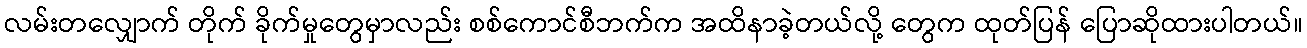
လမ်းတလျှောက် တိုက် ခိုက်မှုတွေမှာလည်း စစ်ကောင်စီဘက်က အထိနာခဲ့တယ်လို့ တွေက ထုတ်ပြန် ပြောဆိုထားပါတယ်။